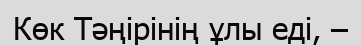
Көк Тәңірінің ұлы еді, –